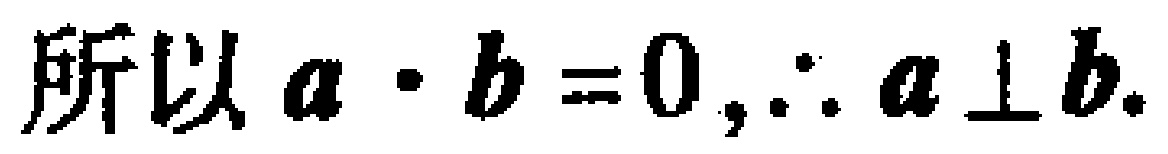
所以 $\boldsymbol{a} \cdot \boldsymbol{b}=0,\therefore \boldsymbol{a} \perp \boldsymbol{b}$.